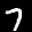
Label: 7